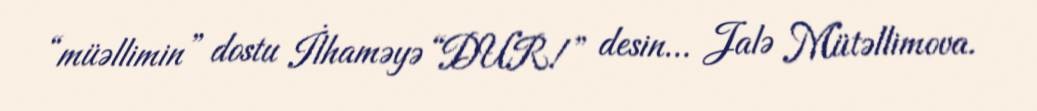
“müəllimin” dostu İlhaməyə “DUR!” desin... Jalə Mütəllimova.